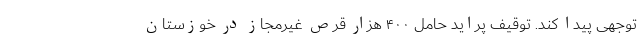
توجهی پیدا کند. توقیف پراید حامل ۴۰۰ هزار قرص غیرمجاز در خوزستان